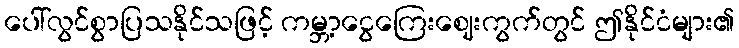
ပေါ်လွင်စွာပြသနိုင်သဖြင့် ကမ္ဘာ့ငွေကြေးဈေးကွက်တွင် ဤနိုင်ငံများ၏